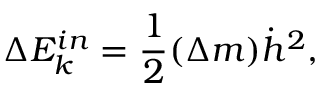
\Delta E _ { k } ^ { i n } = \frac { 1 } { 2 } ( \Delta m ) \dot { h } ^ { 2 } ,